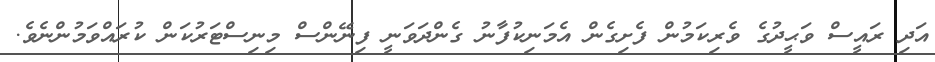
އަދި ރައީސް ވަޙީދުގެ ވެރިކަމުން ފެށިގެން އެމަނިކުފާނު ގެންދަވަނީ ފިނޭންސް މިނިސްޓަރުކަން ކުރައްވަމުންނެވެ.